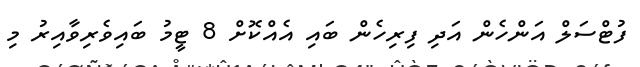
ފުޓްސަލް އަންހެން އަދި ފިރިހެން ބައި އެއްކޮށް 8 ޓީމު ބައިވެރިވާއިރު މި